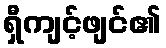
ရှီကျင့်ဖျင်၏